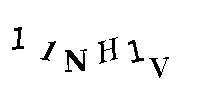
11NH1V